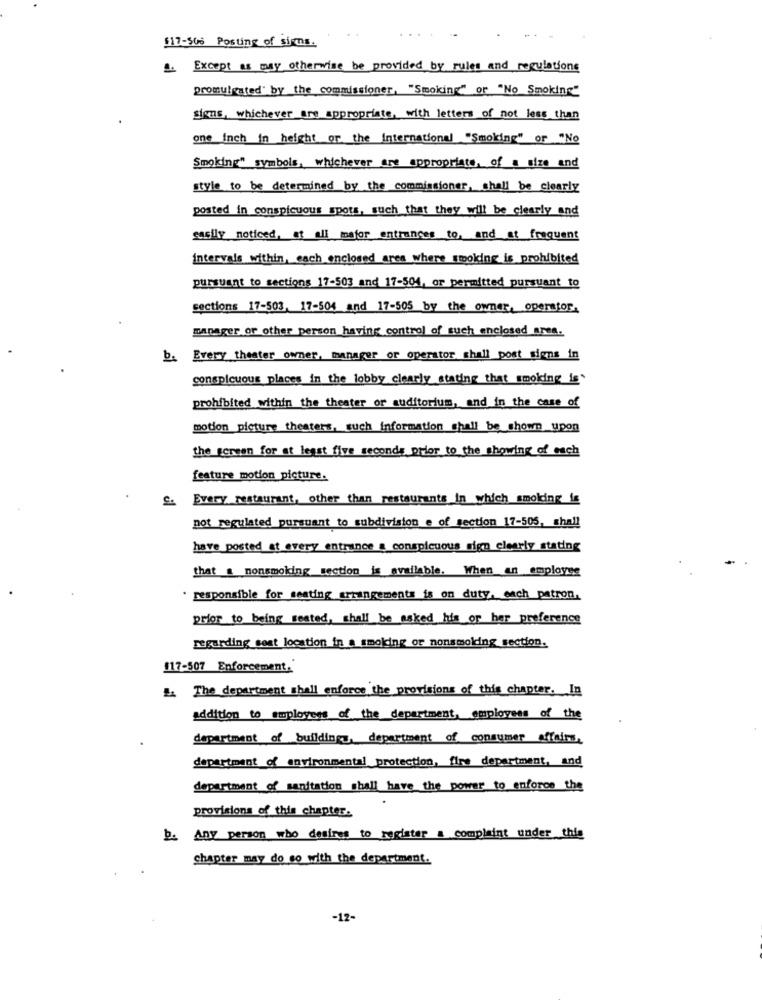
517-300 Posting of sins.
4. Except as may otherwise be provided by rules and regulations
promulgated by the commissioner, "Smoking" or "No Smoking"
signs, whichever_are appropriate, with letters of not less than
one Inch in height of the international "Smoking" or "No
Smoking" symbols, whichever are appropriate, of a size and
style to be determined by the commissioner, shall be clearly
posted in conspicuous spots, such that they will be clearly and
sasily noticed, at all major entrances to, and at frequent
intervals within, cach enclosed ares where smoking is prohibited
pursuant to sections 17-503 and 17-504, or permitted pursuant to
sections 17-503, 17-504 and 17-505 by the owner, operator.
manager or other person having control of such enclosed ares.
b. Every theater owner, manager or operator shall post signs in
conspicuous places in the lobby clearly stating that smoking is'
prohibited within the theater or auditorium, and in the case of
motion picture theaters, such information shall be shown_upon
the german for at least five seconds prior to the showing of each
feature motion picture.
£. Every restaurant, other than restaurants in which smoking is
not regulated pursuant to subdivision e of section 17-505, shall
have posted at every entrance a conspicuous sign clearly stating
that a nonsmoking section is available. When an employee
responsible for seating arrangements is on duty, each patron.
prior to being created, shall be asked his or her preference
regarding seat location in a smoking or nonsmoking section.
117-507 Enforcement,'
L. The department shall enforce the provisions of this chapter. In
addition to employees of the department, employees of the
department of buildings, department of consumer affairs,
department of environmental protection, fire department, and
department of sanitation shall have the power to enforce the
provisions of this chapter.
b. Any person who desires to register a complaint under this
chapter may do so with the department.
-12-